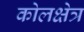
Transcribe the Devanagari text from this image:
कोलक्षेत्र